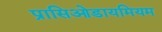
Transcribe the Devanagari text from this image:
प्रासिओडायमियम